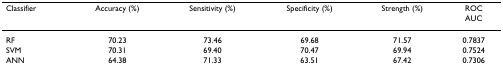
| Classifier | Accuracy (%) | Sensitivity (%) | Specificity (%) | Strength (%) | ROCAUC |
 | --- | --- | --- | --- | --- | --- |
 | RF | 70.23 | 73.46 | 69.68 | 71.57 | 0.7837 |
 | SVM | 70.31 | 69.40 | 70.47 | 69.94 | 0.7524 |
 | ANN | 64.38 | 71.33 | 63.51 | 67.42 | 0.7306 |